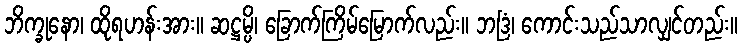
ဘိက္ခုနော၊ ထိုရဟန်းအား။ ဆဋ္ဌမ္ပိ၊ ခြောက်ကြိမ်မြောက်လည်း။ ဘဒြံ၊ ကောင်းသည်သာလျှင်တည်း။